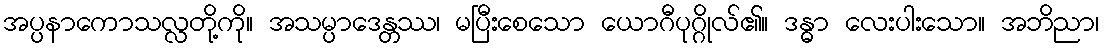
အပ္ပနာကောသလ္လတို့ကို။ အသမ္ပာဒေန္တဿ၊ မပြီးစေသော ယောဂီပုဂ္ဂိုလ်၏။ ဒန္ဓာ လေးပါးသော။ အဘိညာ၊